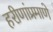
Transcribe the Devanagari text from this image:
हरीणांप्रमाणे